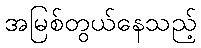
အမြစ်တွယ်နေသည့်